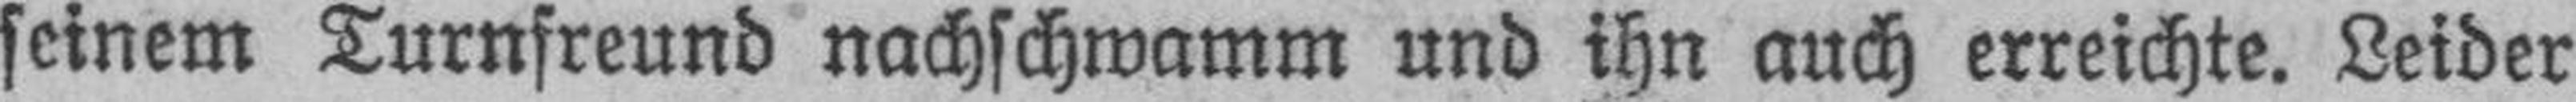
seinem Turnfreund nachschwamm und ihn auch erreichte. Leider